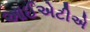
આઈએટીએ